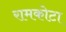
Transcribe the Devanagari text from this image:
रामकोटा